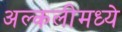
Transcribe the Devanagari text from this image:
अल्कलीमध्ये